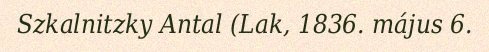
Szkalnitzky Antal (Lak, 1836. május 6.